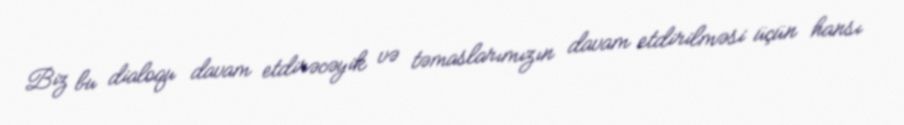
Biz bu dialoqu davam etdirəcəyik və təmaslarımızın davam etdirilməsi üçün hansı